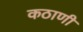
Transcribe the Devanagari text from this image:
कठाणी